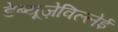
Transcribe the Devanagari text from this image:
डेब्यूज़ेविल्लेई